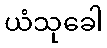
ယံသုခေါ